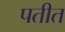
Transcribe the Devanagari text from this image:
पतीत